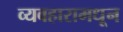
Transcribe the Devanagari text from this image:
व्यवहारामधून